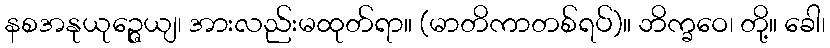
နစအနုယုဉ္ဇေယျ၊ အားလည်းမထုတ်ရာ။ (မာတိကာတစ်ရပ်)။ ဘိက္ခဝေ၊ တို့။ ခေါ၊